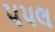
પપલ